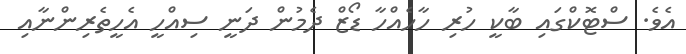
އެވެ. ސްޓޮކްގައި ބާކީ ހުރި ހާހެއްހާ ޑޯޒް ދެމުން ދަނީ ސިއްހީ އެހީތެރިންނާއި